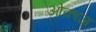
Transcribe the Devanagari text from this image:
ओकाज़